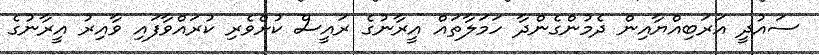
ސައުދީ އަރަބިއްޔާއިން ދެމުންގެންދާ ހަމަލާތައް އީރާނުގެ ރައީސް ކުށްވެރި ކުރައްވާފައި ވާއިރު އީރާނުގެ